Report on the working of the Ranchi Indian Mental Hospital, Kanke, in Bihar and Orissa - 1930-1940
Year: 1930
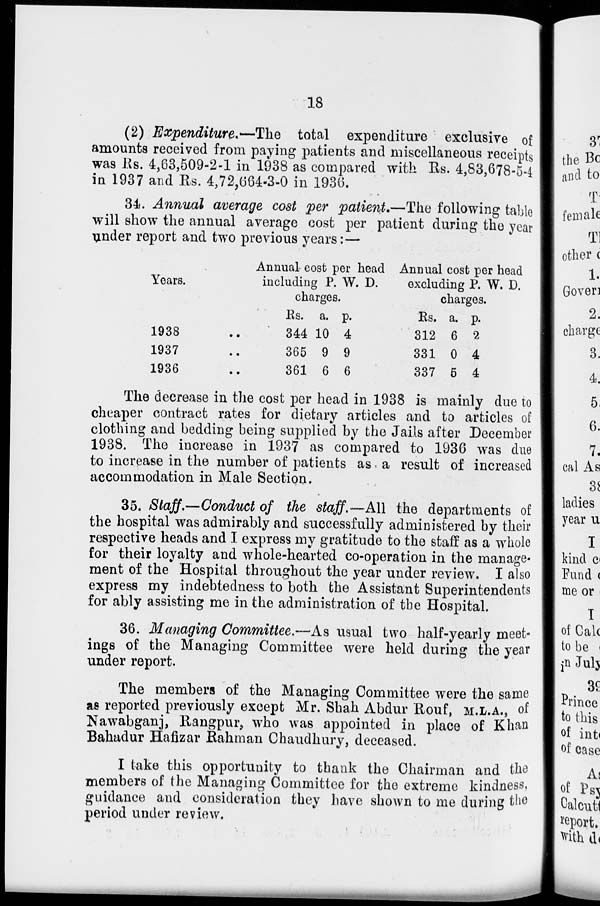
18
(2) Expenditure.—The total expenditure exclusive of
amounts received from paying patients and miscellaneous receipts
was Rs. 4,63,509-2-1 in 1938 as compared with Rs. 4,83,678-5-4
in 1937 and Rs. 4,72,664-3-0 in 1936.
34. Annual average cost per patient.—The following table
will show the annual average cost per patient during the year
under report and two previous years:—
Years.
1938 ..
1937 ..
1936 ..
Annual cost per head
including P. W. D.
charges.
Rs.
344
365
361
a.
10
9
6
p
4
9
6
Annual cost per head
excluding P. W. D.
charges.
Rs.
312
331
337
a.
6
0
5
p.
2
4
4
The decrease in the cost per head in 1938 is mainly due to
cheaper contract rates for dietary articles and to articles of
clothing and bedding being supplied by the Jails after December
1938. The increase in 1937 as compared to 1936 was due
to increase in the number of patients as a result of increased
accommodation in Male Section.
35. Staff.—Conduct of the staff. —All the departments of
the hospital was admirably and successfully administered by their
respective heads and I express my gratitude to the staff as a whole
for their loyalty and whole-hearted co-operation in the manage-
ment of the Hospital throughout the year under review. I also
express my indebtedness to both the Assistant Superintendents
for ably assisting me in the administration of the Hospital.
36. Managing Committee.—As usual two half-yearly meet-
ings of the Managing Committee were held during the year
under report.
The members of the Managing Committee were the same
as reported previously except Mr. Shah Abdur Rouf, M.L.A., of
Nawabganj, Rangpur, who was appointed in place of Khan
Bahadur Hafizar Rahman Chaudhury, deceased.
I take this opportunity to thank the Chairman and the
members of the Managing Committee for the extreme kindness,
guidance and consideration they have shown to me during the
period under review.